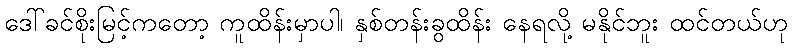
ဒေါ်ခင်စိုးမြင့်ကတော့ ကူထိန်းမှာပါ၊ နှစ်တန်းခွထိန်း နေရလို့ မနိုင်ဘူး ထင်တယ်ဟု